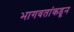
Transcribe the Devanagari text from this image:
भागवतांकडून